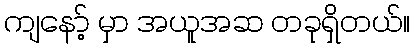
ကျနော့် မှာ အယူအဆ တခုရှိတယ်။